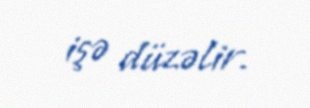
işə düzəlir.